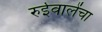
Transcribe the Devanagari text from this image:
रुईवालेंचा